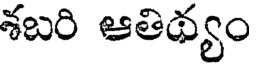
శబరి ఆతిథ్యం